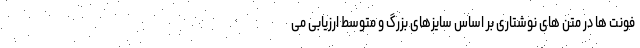
فونت ها در متن های نوشتاری بر اساس سایزهای بزرگ و متوسط ارزیابی می